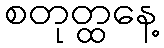
စတုတ္ထနေ့